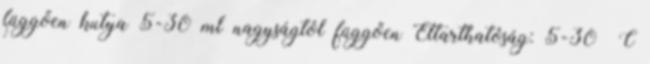
függően kutya 5-30 ml nagyságtól függően Eltarthatóság: 5-30 °C